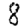
Digit: 8